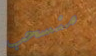
منسحب